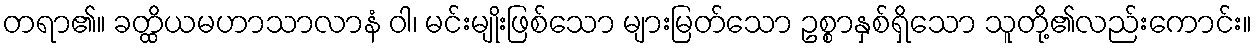
တရာ၏။ ခတ္ထိယမဟာသာလာနံ ဝါ၊ မင်းမျိုးဖြစ်သော များမြတ်သော ဥစ္စာနှစ်ရှိသော သူတို့၏လည်းကောင်း။